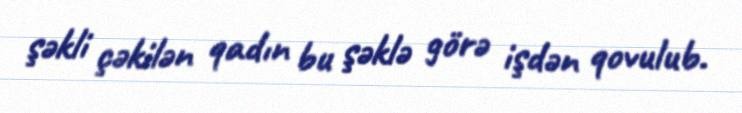
şəkli çəkilən qadın bu şəklə görə işdən qovulub.